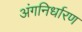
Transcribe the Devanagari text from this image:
अंगनिर्धारण